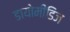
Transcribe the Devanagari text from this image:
डायोमीडिज